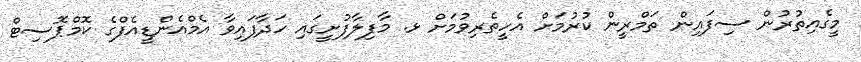
މީގެއިތުރުން ސިފައިން ތަމްރީން ކުރުމަށް އެހީތެރިވުމަށް ޅ. މާފިލާފުށީގައި ހަދާފައިވާ އެމްއެންޑީއެފްގެ ކޮމްޕޮސިޓް